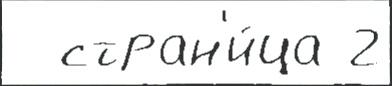
  стран'и́ца 2